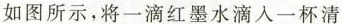
如图所示，将一滴红墨水滴入一杯清